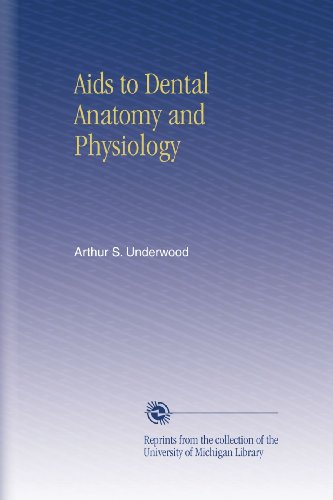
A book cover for Aids to Dental Anatomy and Physiology; Arthur S. Underwood; Medical Books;